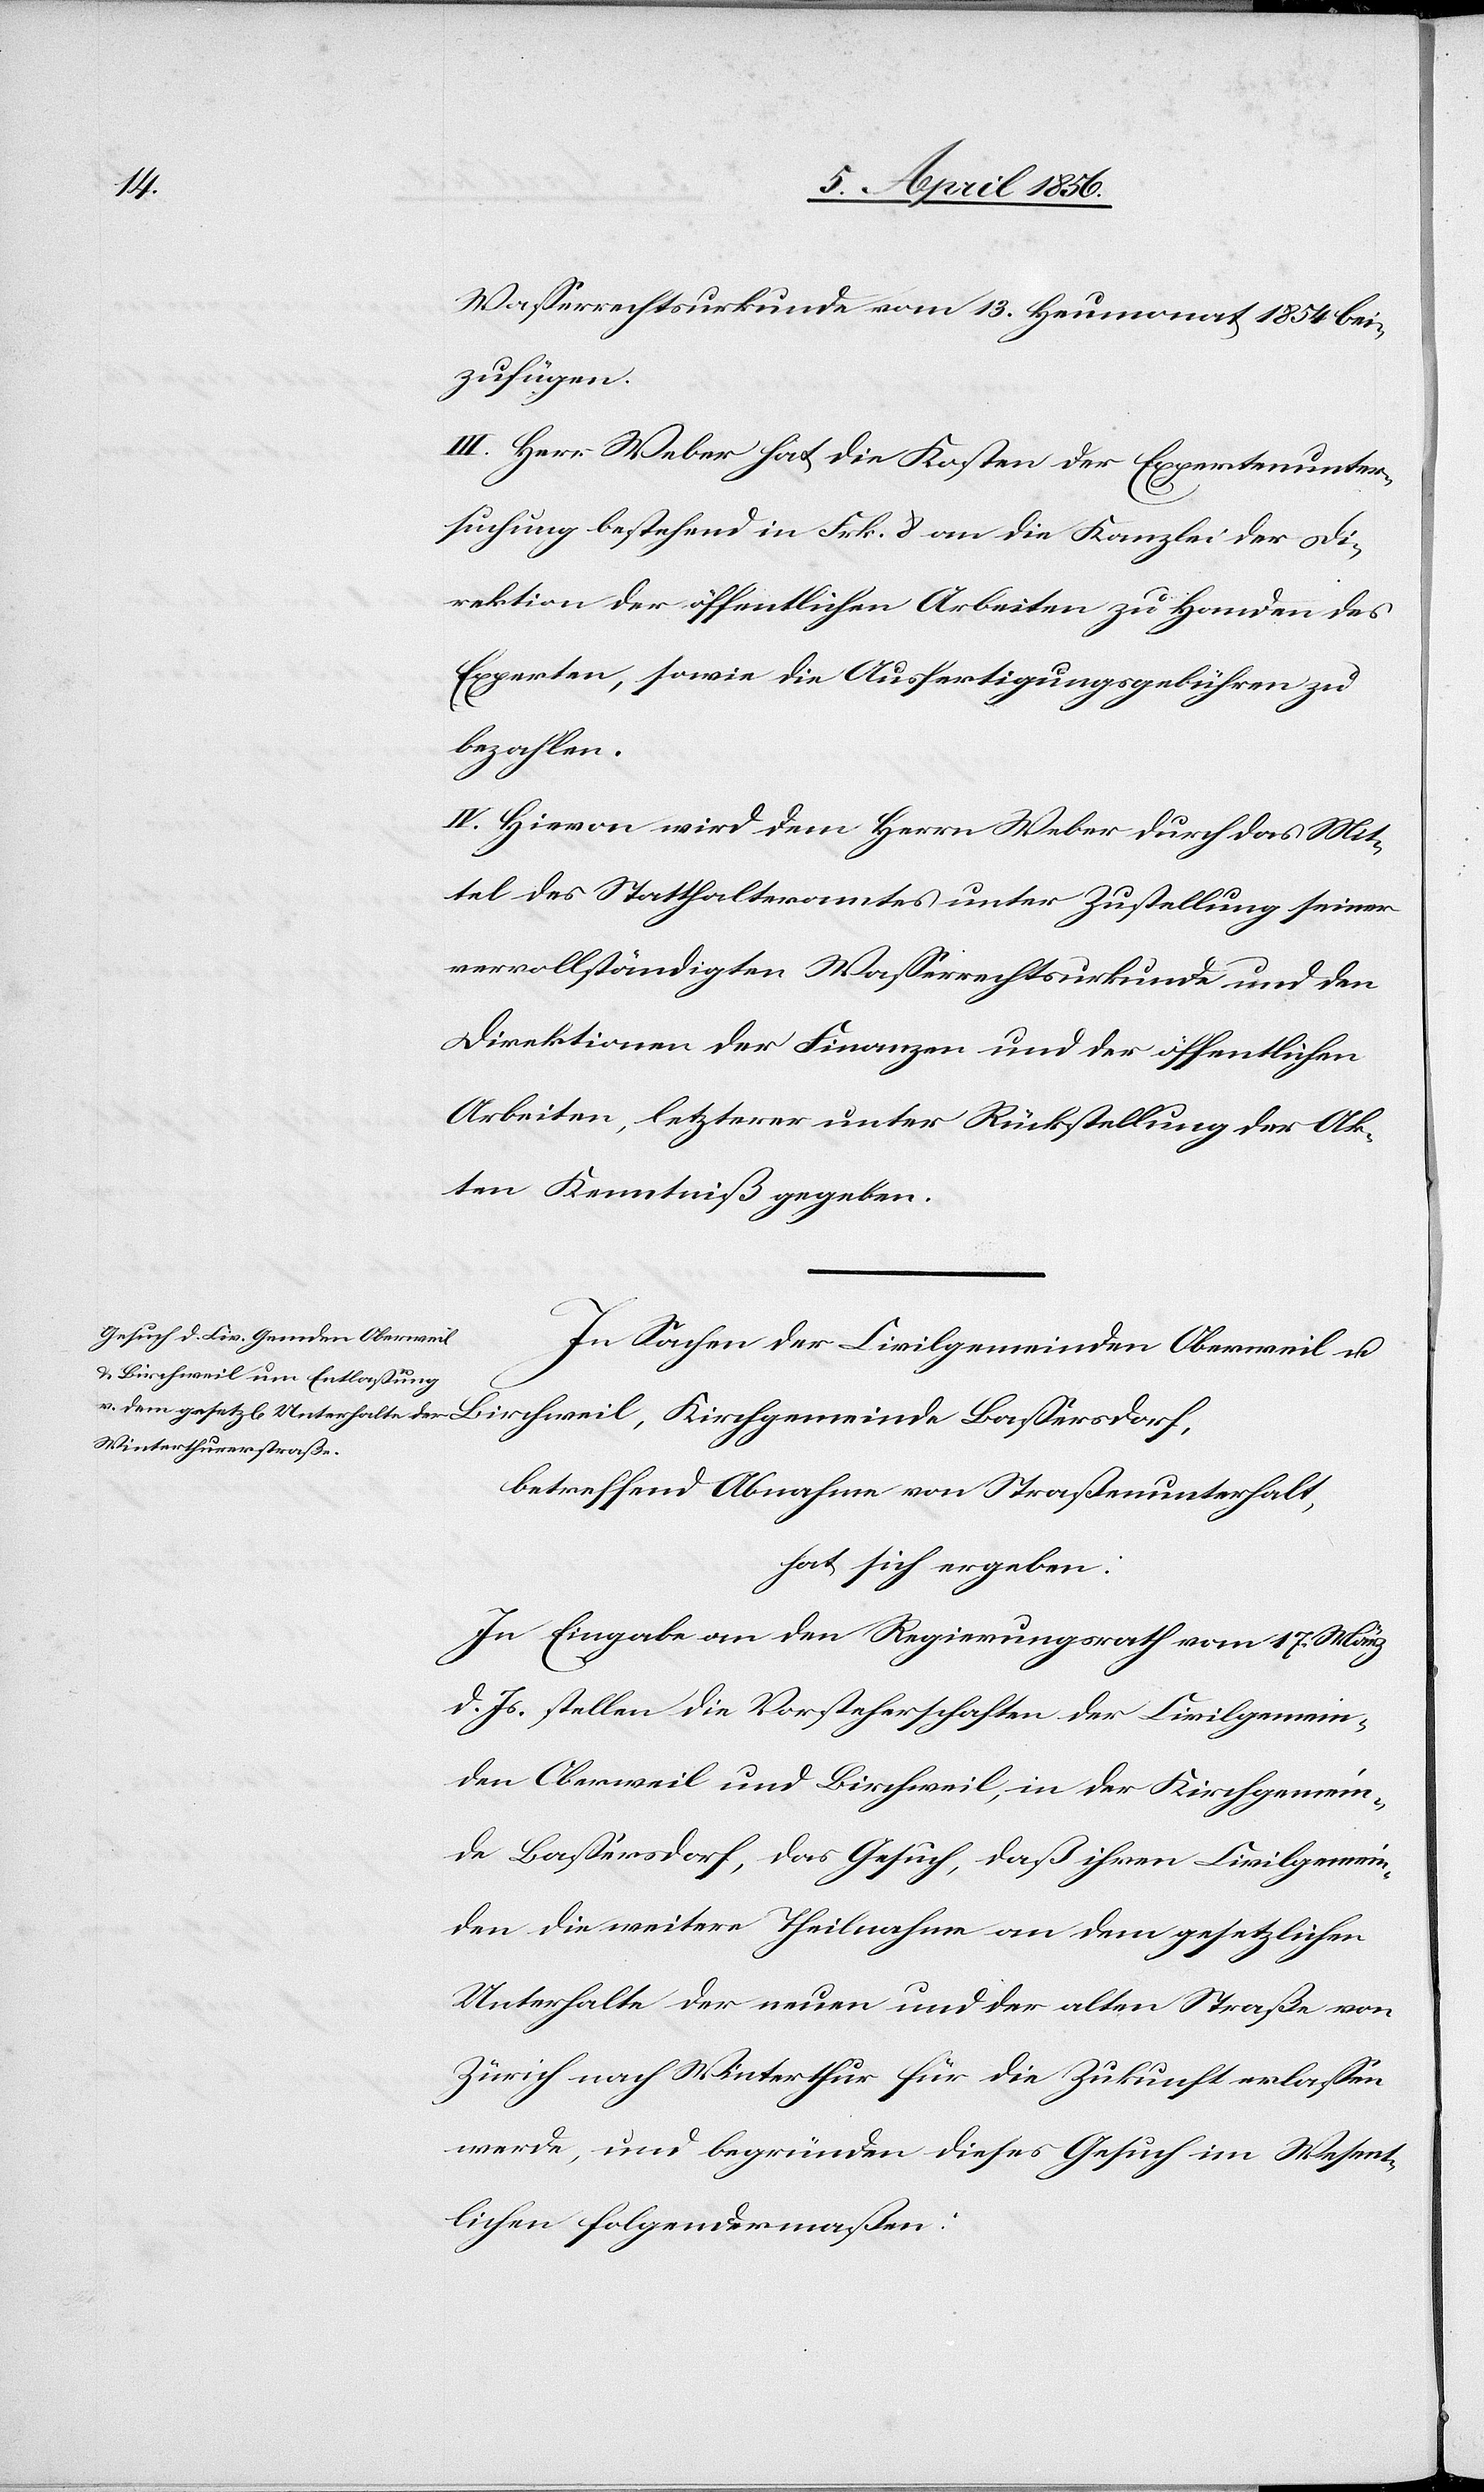
Wasserrechtskurkunde vom 13. Heumonat 1854 bei¬
zufügen.
III. Herr Weber hat die Kosten der Expertenunter¬
suchung bestehend in Frk. 8 an die Kanzlei der Di¬
rektion der öffentlichen Arbeiten zu Handen des
Experten, sowie die Ausfertigungsgebühren zu
bezahlen.
IV. Hievon wird dem Herrn Weber durch das Mit¬
tel des Statthalteramtes unter Zustellung seiner
vervollständigten Wasserrechtsurkunde und den
Direktionen der Finanzen und der öffentlichen
Arbeiten, letzterer unter Rückstellung der Ak¬
ten Kenntniß gegeben.
In Sachen der Civilgemeinden Oberweil u.
betreffend Abnahme von Straßenunterhalt,
hat sich ergeben:
In Eingabe an den Regierungsrath vom 17. März
d. Js. stellen die Vorsteherschaften der Civilgemein¬
den Oberweil und Birchweil, in der Kirchgemein¬
de Bassersdorf, das Gesuch, daß ihren Civilgemein¬
den die weitere Theilnahme an dem gesetzlichen
Unterhalte der neuen und der alten Straße von
Zürich nach Winterthur für die Zukunft erlassen
werde, und begründen dieses Gesuch im Wesent¬
lichen folgendermaßen: